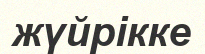
жүйрікке